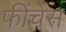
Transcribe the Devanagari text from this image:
फींचेंस